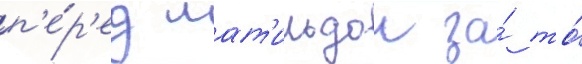
п'е́р'ед мат'ильдои за́ то́